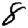
Digit: 8